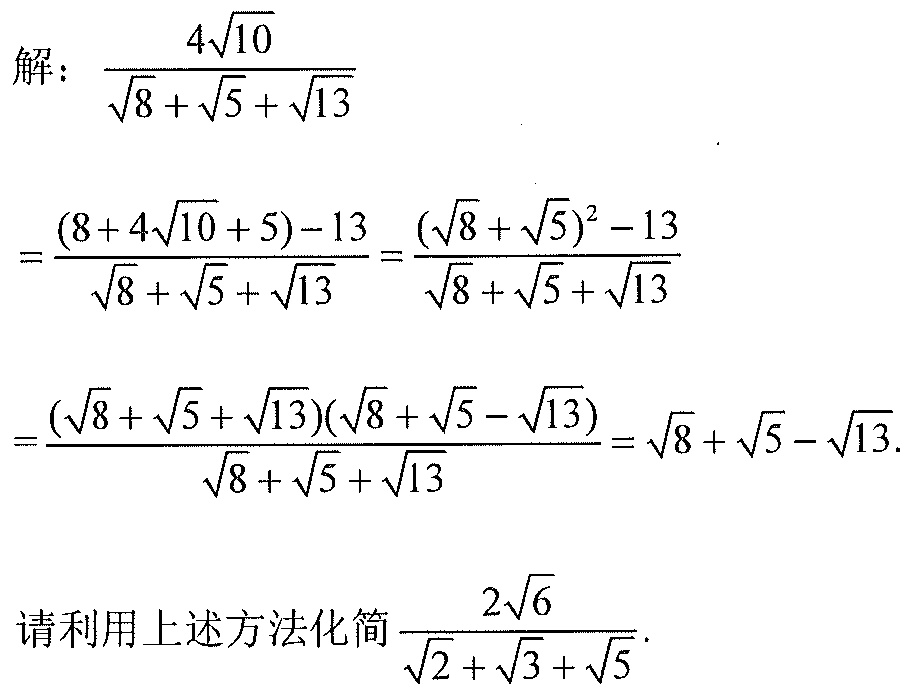
解：\(\frac{4\sqrt{10}}{\sqrt{8}+\sqrt{5}+\sqrt{13}}\)
\(=\frac{(8 + 4\sqrt{10}+5)-13}{\sqrt{8}+\sqrt{5}+\sqrt{13}}=\frac{(\sqrt{8}+\sqrt{5})^2 - 13}{\sqrt{8}+\sqrt{5}+\sqrt{13}}\)
\(=\frac{(\sqrt{8}+\sqrt{5}+\sqrt{13})(\sqrt{8}+\sqrt{5}-\sqrt{13})}{\sqrt{8}+\sqrt{5}+\sqrt{13}}=\sqrt{8}+\sqrt{5}-\sqrt{13}\)

请利用上述方法化简\(\frac{2\sqrt{6}}{\sqrt{2}+\sqrt{3}+\sqrt{5}}\)。